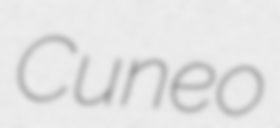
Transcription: Cuneo